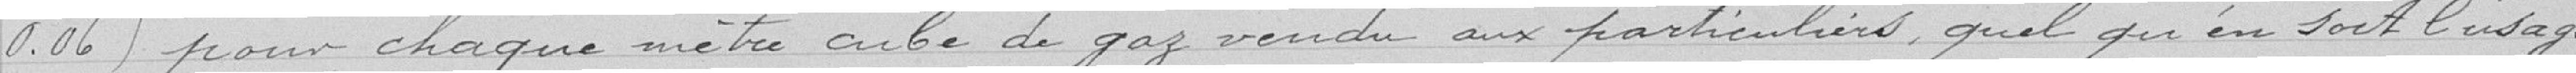
(0.06) pour chaque mètre cube de gaz vendu aux particuliers quel qu'en soit l'usage.